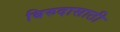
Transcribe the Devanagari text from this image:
बिरुदासाठी